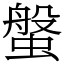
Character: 螌